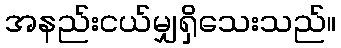
အနည်းငယ်မျှရှိသေးသည်။